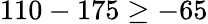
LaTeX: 110-175\geq-65